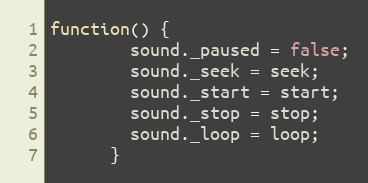
Language: JavaScript
function() {
        sound._paused = false;
        sound._seek = seek;
        sound._start = start;
        sound._stop = stop;
        sound._loop = loop;
      }